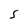
Character: S